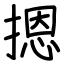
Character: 摁